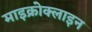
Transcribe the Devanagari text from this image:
माइक्रोक्लाइन